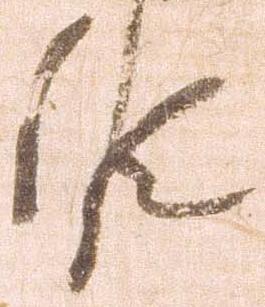
候